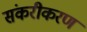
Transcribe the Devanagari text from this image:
संकरीकरण